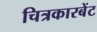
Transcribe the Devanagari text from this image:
चित्रकारबेंट